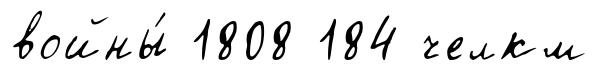
войны́ 1808 184 челкм